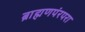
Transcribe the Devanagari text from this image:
ब्राह्मणपंरपरा